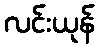
လင်းယုန်